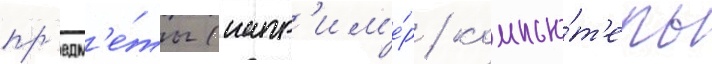
пр'едм'е́ты (напр'им'е́р / компью́т'еры